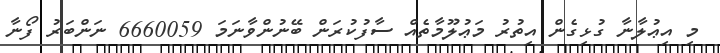
މި އިޢުލާނާ ގުޅިގެން އިތުރު މަޢުލޫމާތެއް ސާފުކުރަން ބޭނުންވާނަމަ 6660059 ނަންބަރު ފޯނާ